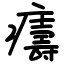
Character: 㿒